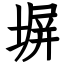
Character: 塀